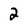
Character: 2